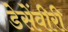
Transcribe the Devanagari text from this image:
डेसेंवीरी